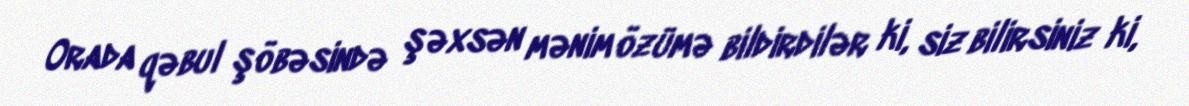
Orada qəbul şöbəsində şəxsən mənim özümə bildirdilər ki, siz bilirsiniz ki,